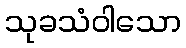
သုခသံဝါသော